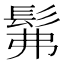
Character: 髴